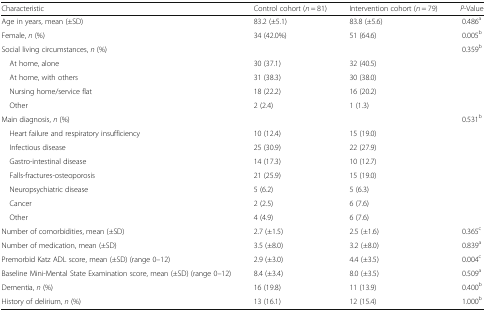
| Characteristic | Control cohort (n = 81) | Intervention cohort (n = 79) | P-Value |
 | --- | --- | --- | --- |
 | Age in years, mean (±SD) | 83.2 (±5.1) | 83.8 (±5.6) | 0.486a |
 | Female, n (%) | 34 (42.0%) | 51 (64.6) | 0.005b |
 | Social living circumstances, n (%) |  |  | 0.359b |
 | At home, alone | 30 (37.1) | 32 (40.5) |  |
 | At home, with others | 31 (38.3) | 30 (38.0) |  |
 | Nursing home/service flat | 18 (22.2) | 16 (20.2) |  |
 | Other | 2 (2.4) | 1 (1.3) |  |
 | Main diagnosis, n (%) |  |  | 0.531b |
 | Heart failure and respiratory insufficiency | 10 (12.4) | 15 (19.0) |  |
 | Infectious disease | 25 (30.9) | 22 (27.9) |  |
 | Gastro-intestinal disease | 14 (17.3) | 10 (12.7) |  |
 | Falls-fractures-osteoporosis | 21 (25.9) | 15 (19.0) |  |
 | Neuropsychiatric disease | 5 (6.2) | 5 (6.3) |  |
 | Cancer | 2 (2.5) | 6 (7.6) |  |
 | Other | 4 (4.9) | 6 (7.6) |  |
 | Number of comorbidities, mean (±SD) | 2.7 (±1.5) | 2.5 (±1.6) | 0.365c |
 | Number of medication, mean (±SD) | 3.5 (±8.0) | 3.2 (±8.0) | 0.839a |
 | Premorbid Katz ADL score, mean (±SD) (range 0–12) | 2.9 (±3.0) | 4.4 (±3.5) | 0.004c |
 | Baseline Mini-Mental State Examination score, mean (±SD) (range 0–12) | 8.4 (±3.4) | 8.0 (±3.5) | 0.509a |
 | Dementia, n (%) | 16 (19.8) | 11 (13.9) | 0.400b |
 | History of delirium, n (%) | 13 (16.1) | 12 (15.4) | 1.000b |